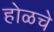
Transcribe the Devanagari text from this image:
होळचे